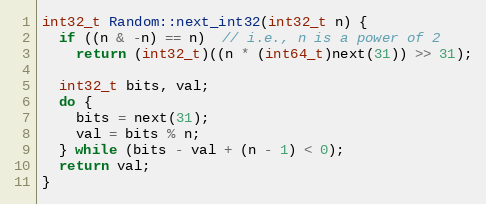
Language: C++
int32_t Random::next_int32(int32_t n) {
  if ((n & -n) == n)  // i.e., n is a power of 2
    return (int32_t)((n * (int64_t)next(31)) >> 31);

  int32_t bits, val;
  do {
    bits = next(31);
    val = bits % n;
  } while (bits - val + (n - 1) < 0);
  return val;
}